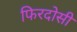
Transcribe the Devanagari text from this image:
फिरदोसी